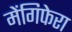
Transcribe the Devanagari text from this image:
मेंगिफेरा